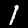
Digit: 1